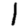
Digit: 1